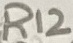
Text: R12